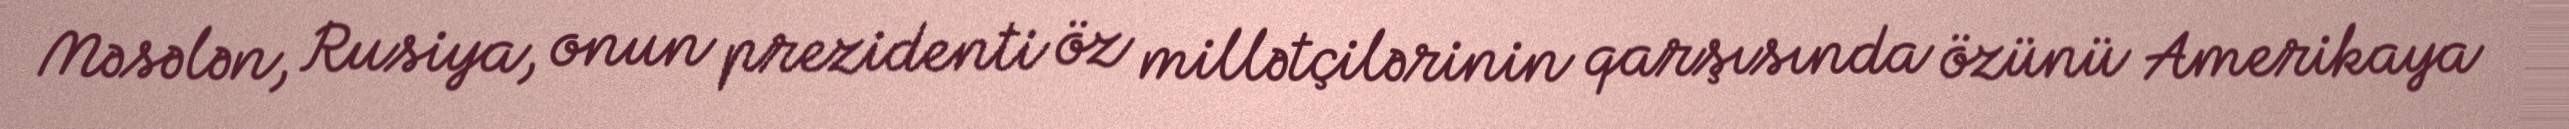
Məsələn, Rusiya, onun prezidenti öz millətçilərinin qarşısında özünü Amerikaya